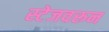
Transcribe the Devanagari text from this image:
स्टेजवरून